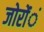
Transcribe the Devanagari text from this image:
जोरोंंं